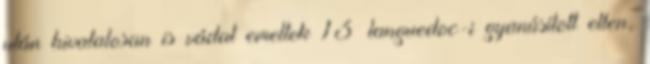
után hivatalosan is vádat emeltek 13 languedoc-i gyanúsított ellen,